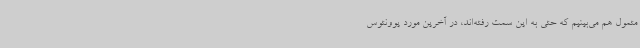
متمول هم می‌بینیم که حتی به این سمت رفته‌اند، در آخرین مورد یوونتوس